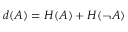
d ( A ) = H ( A ) + H ( \neg { A } )